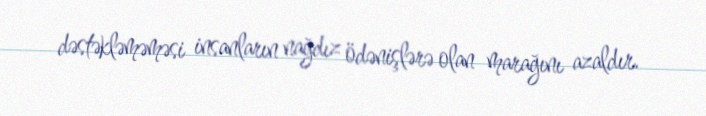
dəstəkləməməsi insanların nağdız ödənişlərə olan marağını azaldır.